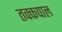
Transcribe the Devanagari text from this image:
तक्कपाल